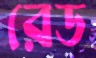
রেড